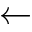
\gets